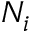
N _ { i }